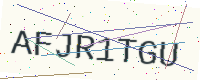
Text: AFJR1TGU